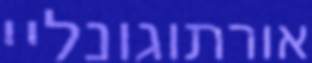
אורתוגונליי